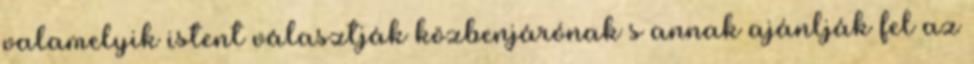
valamelyik istent választják közbenjárónak s annak ajánlják fel az